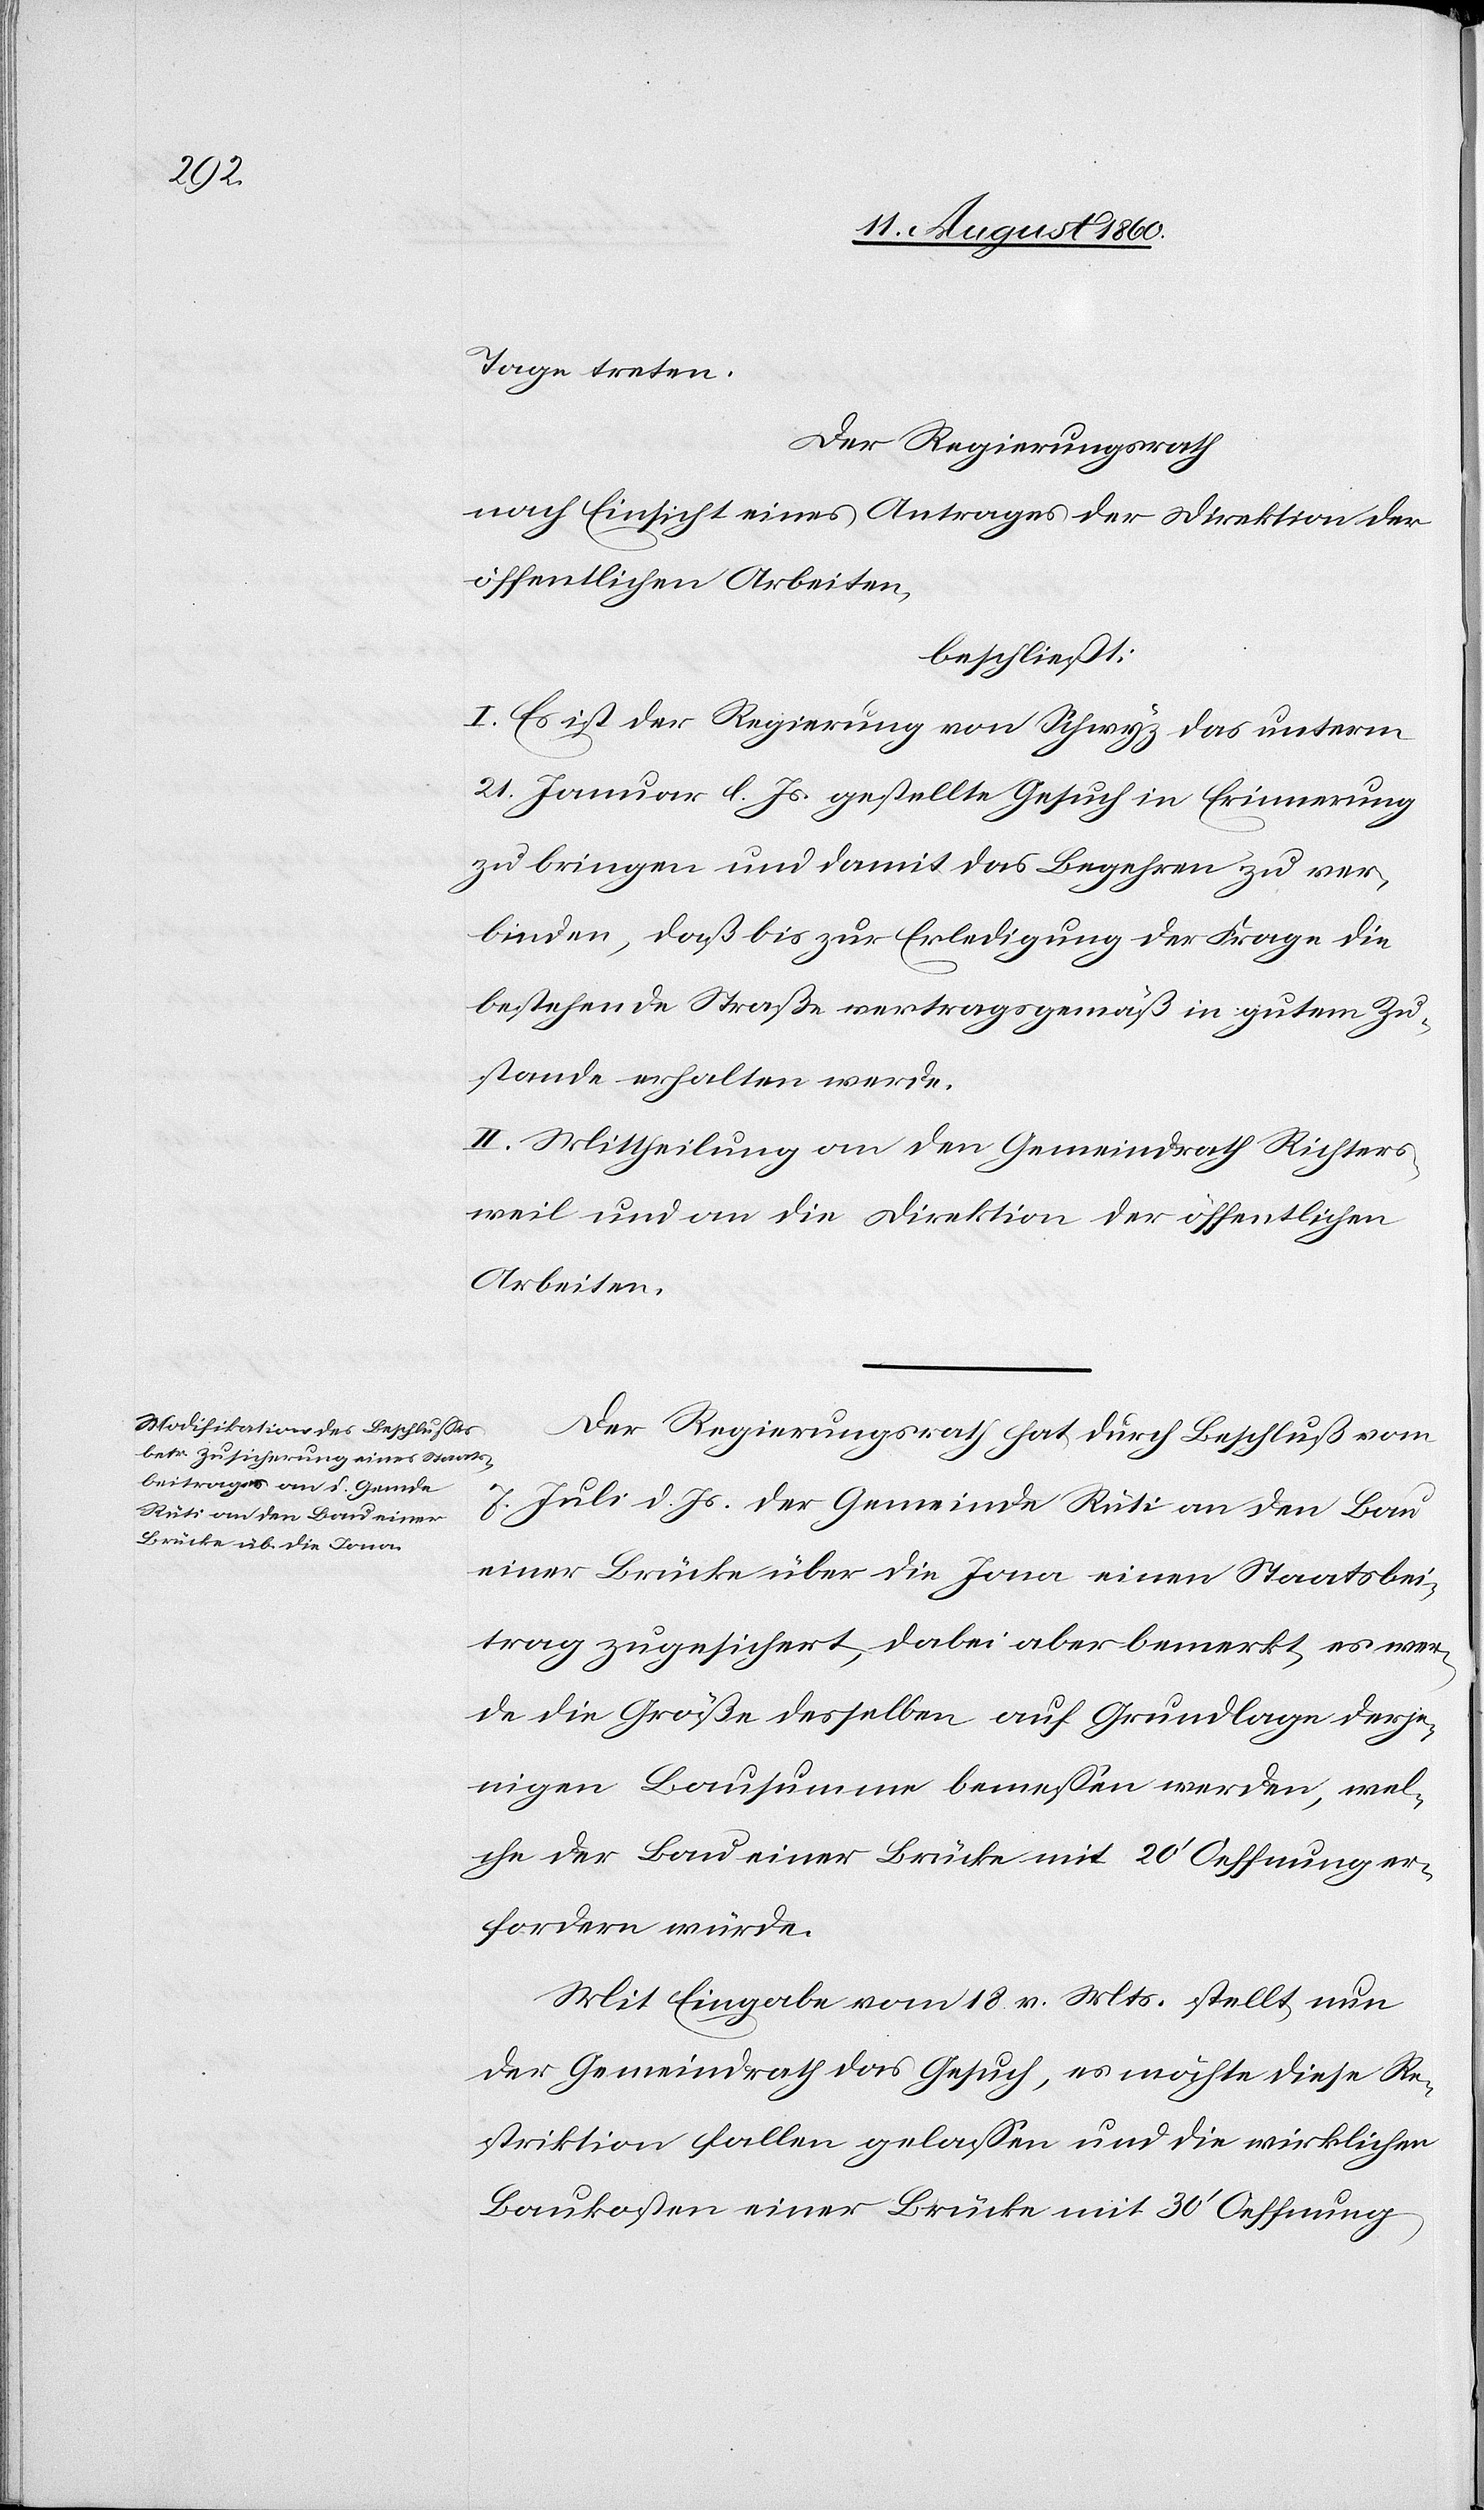
Tage treten.
Der Regierungsrath,
nach Einsicht eines Antrages der Direktion der
öffentlichen Arbeiten,
beschliesst.
I. Es ist der Regierung von Schwyz das unterm
21. Jenner l. Js. gestellte Gesuch in Erinnerung
zu bringen und damit das Begehren zu ver¬
binden, dass bis zur Erledigung der Frage die
bestehende Strasse vertragsgemäss in gutem Zu¬
stande erhalten werde.
II. Mittheilung an den Gemeindrath Richters¬
weil und an die Direktion der öffentlichen
Arbeiten.
Der Regierungsrath hat durch Beschluss vom
7. Heumonat l. Js. der Gemeinde Rüti an den Bau
einer Brücke über die Jona einen Staatsbei¬
trag zugesichert, dabei aber bemerkt, es wer¬
de die Grösse desselben auf Grundlage derje¬
nigen Bausumme bemessen werden, wel¬
che der Bau einer Brücke mit 20’ Oeffnung er¬
fordern würde.
Mit Eingabe vom 18. v. Mts. stellt nun
der Gemeindrath das Gesuch, es möchte diese Re¬
striktion fallen gelassen und die wirklichen
Baukosten einer Brücke mit 30’ Öffnung